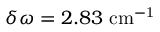
\delta \omega = 2 . 8 3 ~ \mathrm { { c m ^ { - 1 } } }